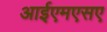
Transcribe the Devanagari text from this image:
आईएमएसए